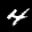
Label: 4